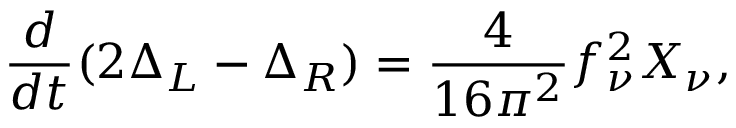
{ \frac { d } { d t } } ( 2 \Delta _ { L } - \Delta _ { R } ) = { \frac { 4 } { 1 6 \pi ^ { 2 } } } f _ { \nu } ^ { 2 } X _ { \nu } ,